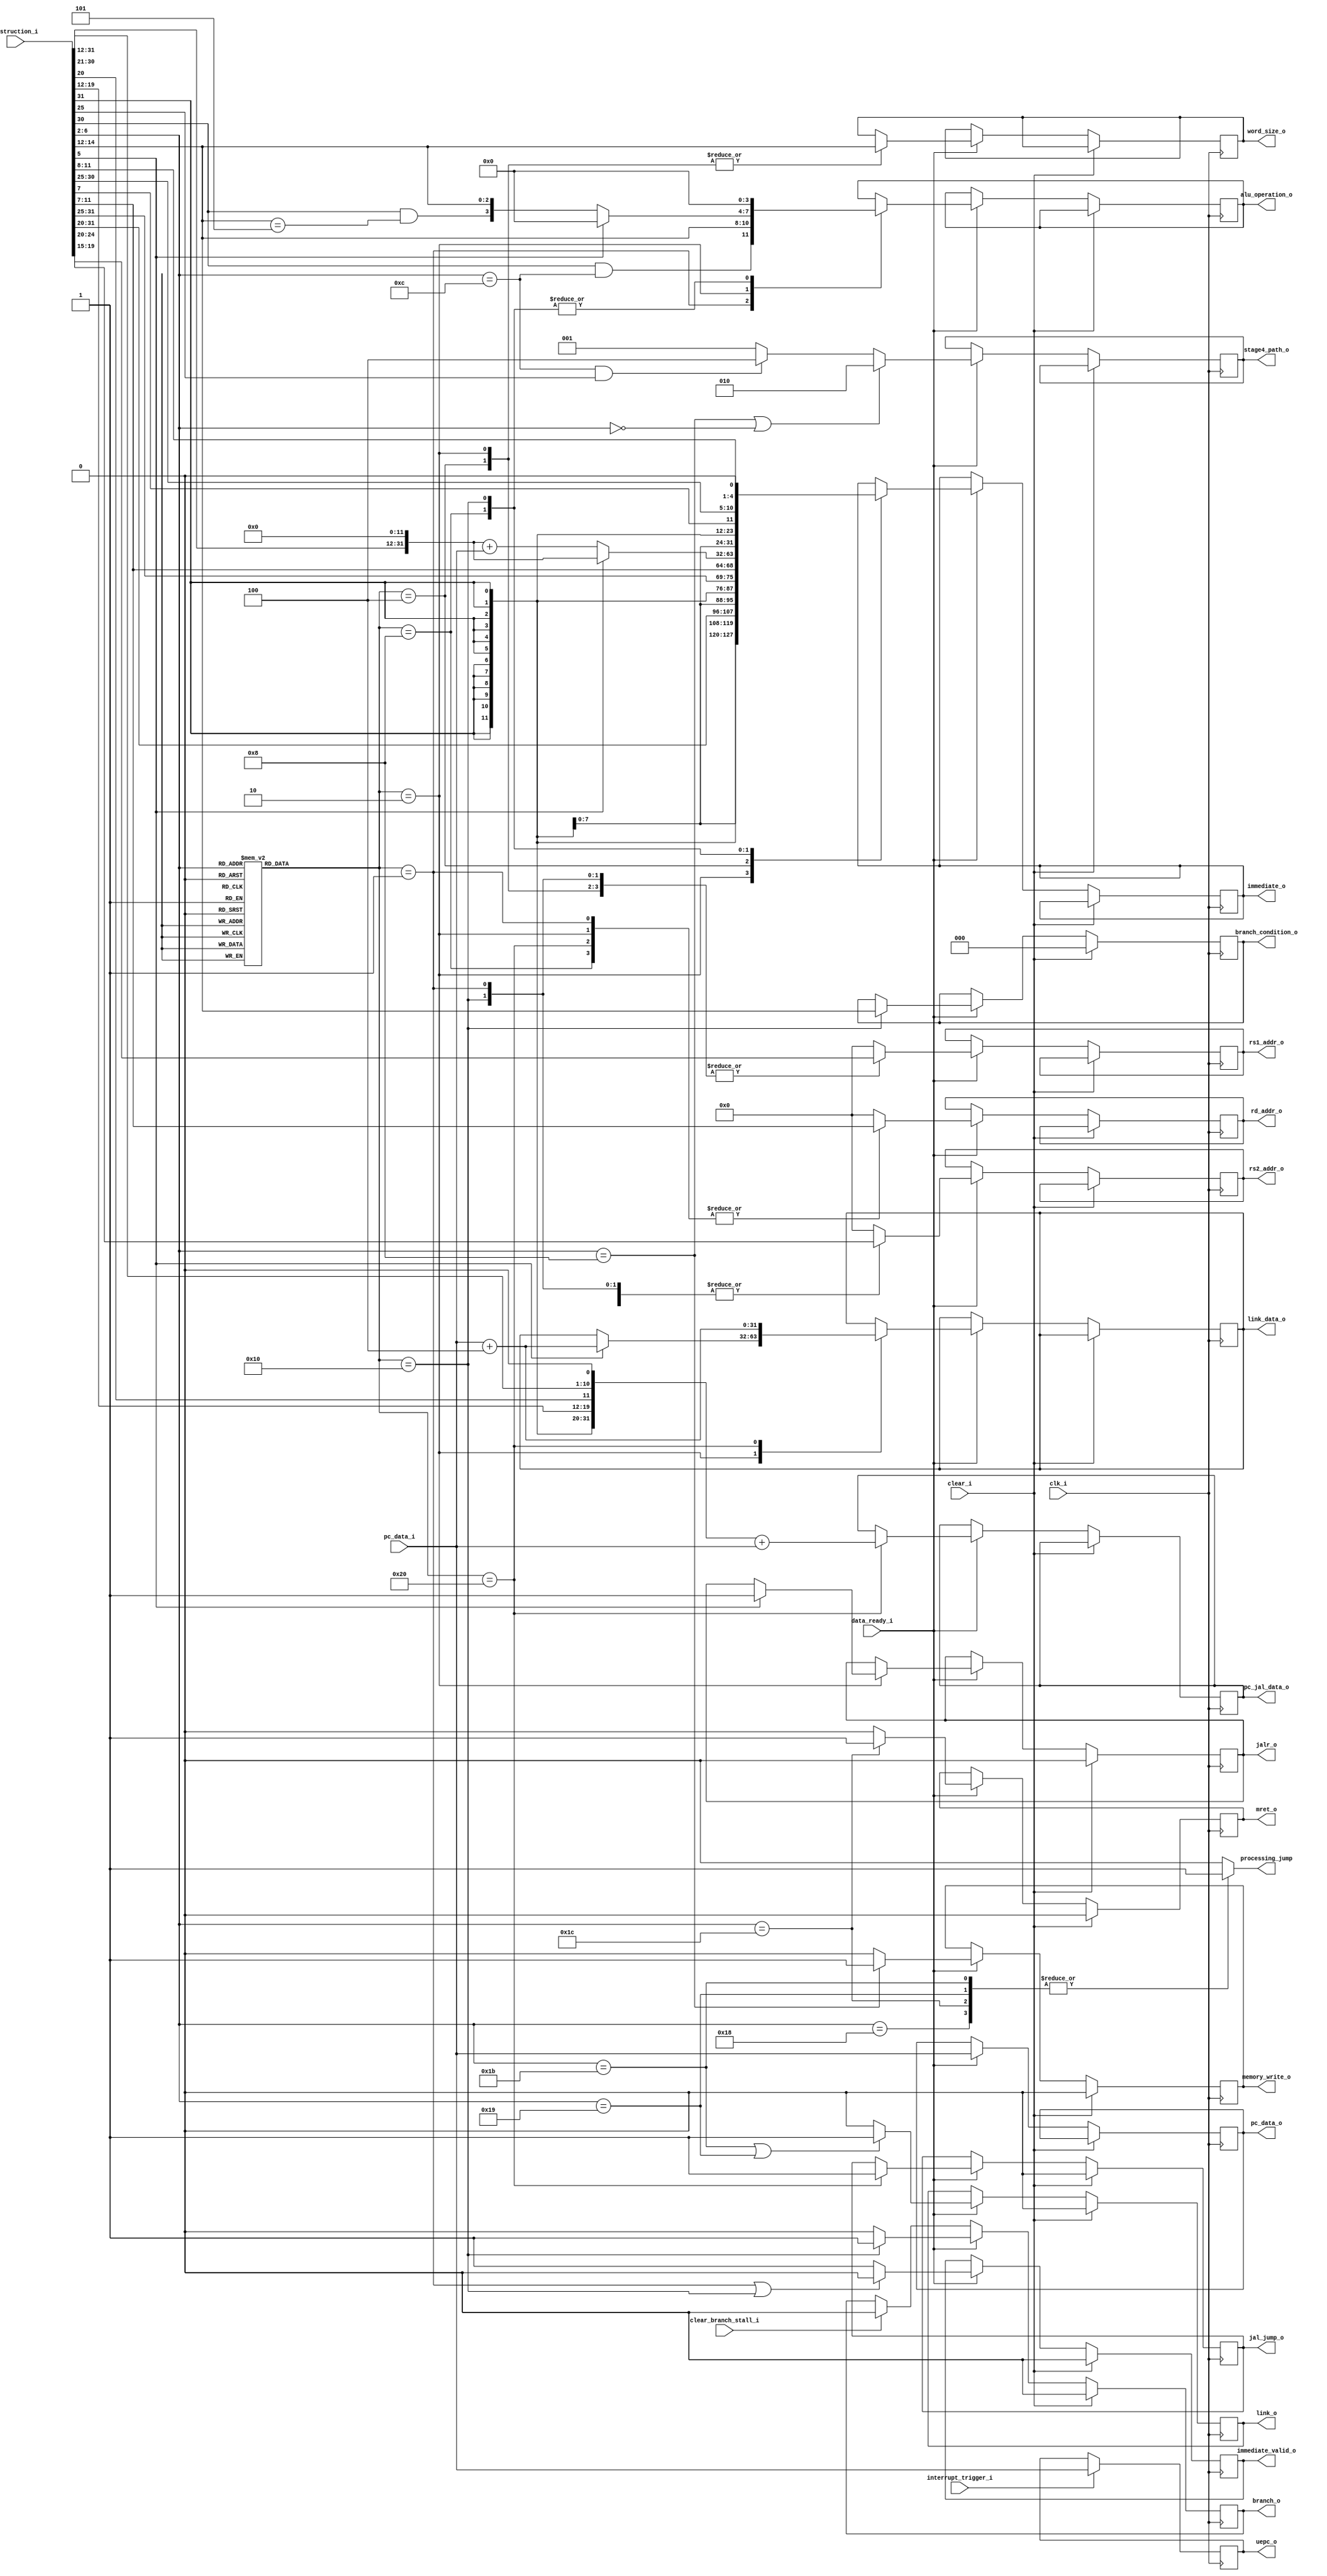
`ifndef RV32IM_DECODE_GUARD
`define RV32IM_DECODE_GUARD

module rv32im_decode
  #(
    parameter XLEN = 32,
    parameter ILEN = 32,
    parameter REG_BITS = 5
  )
  (
    input wire clk_i,
    input wire clear_i,
    input wire [XLEN-1:0] instruction_i,
    input wire data_ready_i,

    output reg [3:0] alu_operation_o = 0,
    output reg [2:0] word_size_o = 0,

    output reg [REG_BITS-1:0] rs1_addr_o = 0,
    output reg [REG_BITS-1:0] rs2_addr_o = 0,
    output reg [REG_BITS-1:0] rd_addr_o = 0,

    output reg [XLEN-1:0] immediate_o = 0,
    output reg immediate_valid_o = 0,

    input wire [XLEN-1:0] pc_data_i,
    output reg [XLEN-1:0] pc_data_o = 0,

    input wire interrupt_trigger_i,
    output reg mret_o = 0,
    output reg [XLEN-1:0] uepc_o = 0,

    output reg jal_jump_o = 0,
    output reg [XLEN-1:0] pc_jal_data_o = 0,

    output reg jalr_o = 0,
    output reg branch_o = 0,
    output reg [2:0] branch_condition_o = 0,
    input wire clear_branch_stall_i,

    output reg link_o = 0,
    output reg [XLEN-1:0] link_data_o = 0,

    // These are useful for building a backtrace while debugging.
    `ifdef SIM
    output reg pop_ras_o = 0,
    output reg push_ras_o = 0,
    `endif

    output reg [2:0] stage4_path_o = 0,
    output reg memory_write_o = 0,

    output reg processing_jump = 0
  );

  localparam OP_L     = 5'b00000;
  localparam OP_FENCE = 5'b00011;
  localparam OP_AI    = 5'b00100; // arithmetic immediate
  localparam OP_AUIPC = 5'b00101;
  localparam OP_S     = 5'b01000;
  localparam OP_A     = 5'b01100; // arithmetic
  localparam OP_LUI   = 5'b01101;
  localparam OP_B     = 5'b11000;
  localparam OP_JALR  = 5'b11001;
  localparam OP_JAL   = 5'b11011;
  localparam OP_SYS   = 5'b11100;

  wire [11:0] i_immediate = instruction_i[31:20];
  wire [11:0] s_immediate = {instruction_i[31:25], instruction_i[11:7]};
  wire [19:0] u_immediate = instruction_i[31:12];

  wire [20:0] j_immediate_u = {instruction_i[31], instruction_i[19:12], instruction_i[20], instruction_i[30:21], 1'b0};
  wire [XLEN-1:0] j_immediate = {{XLEN-21{j_immediate_u[20]}}, j_immediate_u[20:0]};

  wire [12:0] b_immediate_u = {instruction_i[31], instruction_i[7], instruction_i[30:25], instruction_i[11:8], 1'b0};
  wire [XLEN-1:0] b_immediate = {{XLEN-13{b_immediate_u[12]}}, b_immediate_u[12:0]};

  wire [6:0] opcode = instruction_i[6:0];
  wire [2:0] funct3 = instruction_i[14:12];
  wire [6:0] funct7 = instruction_i[31:25];

  wire [REG_BITS-1:0] rd_addr = instruction_i[11:7];
  wire [REG_BITS-1:0] rs1_addr = instruction_i[19:15];
  wire [REG_BITS-1:0] rs2_addr = instruction_i[24:20];

  wire [XLEN-1:0] load_offset = {{XLEN-12{i_immediate[11]}}, i_immediate[11:0]};
  // wire [XLEN-1:0] load_offset_add = load_offset + rs1_i;
  wire [XLEN-1:0] store_offset = {{XLEN-12{s_immediate[11]}}, s_immediate[11:0]};
  // wire [XLEN-1:0] store_offset_add = store_offset + rs1_i;

  wire [XLEN-1:0] op2_immediate = funct3 == 3'b011 ? {20'b0, i_immediate} : load_offset;

  localparam LINK_REGISTER = 5'h01;
  localparam LINK_REGISTER_ALT = 5'h05;

  wire rd_link = (rd_addr == LINK_REGISTER) | (rd_addr == LINK_REGISTER_ALT);
  wire rs1_link = (rs1_addr == LINK_REGISTER) | (rs1_addr == LINK_REGISTER_ALT);
  wire rd_rs1_eq = rd_addr == rs1_addr;

  `ifdef SIM
  reg  push_ras = 0;
  initial push_ras = 0;
  reg  pop_ras = 0;
  initial pop_ras = 0;

  wire jal_ras = (opcode[6:2] == OP_JAL);
  wire jalr_ras = (opcode[6:2] == OP_JALR);

  always @(*) begin
    case ({rd_link & (jal_ras | jalr_ras), rs1_link & (rd_addr == 5'h0) & jalr_ras})
      default:
        begin
          pop_ras = 1'b0;
          push_ras = 1'b0;
        end
      2'b01:
        begin
          pop_ras = 1'b1;
          push_ras = 1'b0;
        end
      2'b10:
        begin
          pop_ras = 1'b0;
          push_ras = 1'b1;
        end
      2'b11:
        begin
          pop_ras = rd_rs1_eq ? 1'b1 : 1'b0;
          push_ras = 1'b1;
        end
    endcase
  end
  `endif

  // Difference between AUIPC and LUI is bit 5
  wire [XLEN-1:0] upper_immediate = opcode[5] ? {u_immediate, 12'b0} : {u_immediate, 12'b0} + pc_data_i;

  initial uepc_o = 0;
  always @(posedge clk_i)
    if (interrupt_trigger_i)
      uepc_o <= pc_data_i;

  reg [5:0] instruction_encoding;
  // initial instruction_encoding = 0;
  localparam R_TYPE = 6'b000001; // Register-register operations
  localparam I_TYPE = 6'b000010; // Immediate operations
  localparam S_TYPE = 6'b000100; // Stores
  localparam U_TYPE = 6'b001000; // Upper immediates
  localparam B_TYPE = 6'b010000; // Branches
  localparam J_TYPE = 6'b100000; // Jumps

  localparam STAGE4_ALU = 3'b001;
  localparam STAGE4_MEM = 3'b010;
  localparam STAGE4_MUL = 3'b100;

  always @(*) begin
    case (opcode[6:2])
      default:  instruction_encoding = 0;
      OP_L:     instruction_encoding = I_TYPE;
      // OP_FENCE: instruction_encoding = N_TYPE;
      OP_AI:    instruction_encoding = I_TYPE; // arithmetic immediate
      OP_AUIPC: instruction_encoding = U_TYPE;
      OP_S:     instruction_encoding = S_TYPE;
      OP_A:     instruction_encoding = R_TYPE; // arithmetic
      OP_LUI:   instruction_encoding = U_TYPE;
      OP_B:     instruction_encoding = B_TYPE;
      OP_JALR:  instruction_encoding = I_TYPE;
      OP_JAL:   instruction_encoding = J_TYPE;
      OP_SYS:   instruction_encoding = I_TYPE;
    endcase
  end

  // TODO -- this is all sorts of buggy
  always @(*) begin
    case (opcode[6:2])
      default: processing_jump = 0;
      OP_JAL: processing_jump = 1;
      OP_JALR: processing_jump = 1;
      OP_B: processing_jump = 1;
      OP_SYS: processing_jump = 1;
    endcase
  end

  always @(posedge clk_i) begin

    if (clear_i) begin
      immediate_valid_o <= 1'b0;
      jal_jump_o <= 1'b0;
      jalr_o <= 1'b0;
      branch_o <= 1'b0;
      branch_condition_o <= 3'b0;
      memory_write_o <= 1'b0;
      link_o <= 1'b0;
      mret_o <= 1'b0;

      `ifdef SIM
        pop_ras_o <= 0;
        push_ras_o <= 0;
      `endif

    end else if (data_ready_i) begin

      `ifdef SIM
        pop_ras_o <= pop_ras;
        push_ras_o <= push_ras;
      `endif

      pc_data_o <= pc_data_i;

      if (instruction_encoding == R_TYPE | instruction_encoding == B_TYPE)
        immediate_valid_o <= 1'b0;
      else
        immediate_valid_o <= 1'b1;

      // This one we do have to be careful about resetting, since the branch is conditional
      if (instruction_encoding == B_TYPE)
        branch_o <= 1'b1;
      else
        branch_o <= 1'b0;

      if (opcode[6:2] == OP_S)
        memory_write_o <= 1'b1;
      else
        memory_write_o <= 1'b0;

      if (opcode[6:2] == OP_S | opcode[6:2] == OP_L)
        stage4_path_o <= STAGE4_MEM;
      else if (opcode[6:2] == OP_A & funct7[0])
        stage4_path_o <= STAGE4_MUL;
      else
        stage4_path_o <= STAGE4_ALU;

      if (opcode[6:2] == OP_JAL | opcode[6:2] == OP_JALR)
        link_o <= 1'b1;
      else
        link_o <= 1'b0;

      if (opcode[6:2] == OP_SYS)
        mret_o <= 1'b1;
      else
        mret_o <= 1'b0;

      // determining whether the register addresses should be asserted
      case (instruction_encoding)
        default:
          begin
            rs1_addr_o <= 0;
            rs2_addr_o <= 0;
            rd_addr_o <= 0;
          end
        R_TYPE:
          begin
            rs1_addr_o <= rs1_addr;
            rs2_addr_o <= rs2_addr;
            rd_addr_o <= rd_addr;
            alu_operation_o <= {funct7[5] & (opcode[6:2] == OP_A), funct3};
          end
        I_TYPE:
          begin
            rs1_addr_o <= rs1_addr;
            rs2_addr_o <= 0;
            rd_addr_o <= rd_addr;
            // Immediates are always sign-extended
            immediate_o <= load_offset;
            word_size_o <= funct3;

            // One bit is needed to distinguish between JALR/MRET and L/AI
            if (opcode[5]) begin
              jalr_o <= 1'b1; // no need to reset because this will be cleared
              alu_operation_o <= 4'b0000;
              link_data_o <= pc_data_i + 32'h04;
            end else begin
              alu_operation_o <= {funct7[5] & (funct3 == 3'b101), funct3};
            end

          end
        S_TYPE:
          begin
            rs1_addr_o <= rs1_addr;
            rs2_addr_o <= rs2_addr;
            rd_addr_o <= 0;
            immediate_o <= store_offset;
            word_size_o <= funct3;
          end
        U_TYPE:
          begin
            rs1_addr_o <= 0;
            rs2_addr_o <= 0;
            rd_addr_o <= rd_addr;
            alu_operation_o <= 4'b0000;
            // Difference between AUIPC and LUI is bit 5
            immediate_o <= upper_immediate;
          end
        J_TYPE:
          begin
            rs1_addr_o <= 0;
            rs2_addr_o <= 0;
            rd_addr_o <= rd_addr;
            jal_jump_o <= 1'b1;
            pc_jal_data_o <= j_immediate + pc_data_i;
            link_data_o <= pc_data_i + 32'h04;
          end
        B_TYPE:
          begin
            rs1_addr_o <= rs1_addr;
            rs2_addr_o <= rs2_addr;
            rd_addr_o <= 0;
            immediate_o <= b_immediate;
            alu_operation_o <= 4'b0000;
            branch_condition_o <= funct3;
          end
      endcase

    end else if (clear_branch_stall_i)
      branch_o <= 1'b0;
  end

  `ifdef FORMAL

    reg  timeValid_f = 0;
    initial timeValid_f = 0;
    always @(posedge clk_i) timeValid_f <= 1;

    always @(*)
      assume(clear_i == ~timeValid_f);

    always @(posedge clk_i) begin

      // just a sanity check clear test
      if (timeValid_f & $past(timeValid_f) & $past(clear_i)) begin
        assert(immediate_valid_o == 1'b0);
        assert(jal_jump_o == 1'b0);
        assert(jalr_o == 1'b0);
        assert(branch_o == 1'b0);
        assert(branch_condition_o == 3'b0);
        assert(memory_write_o == 1'b0);
        assert(link_o == 1'b0);
        assert(mret_o == 1'b0);
      end

      if (timeValid_f & $past(timeValid_f) & $past(data_ready_i)) begin

      end

    end

  `endif

endmodule

`endif // RV32IM_DECODE_GUARD